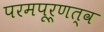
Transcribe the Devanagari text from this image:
परमपूर्णत्व